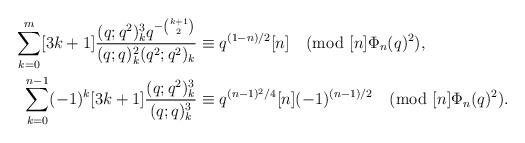
LaTeX: \begin{align*}\sum_{k=0}^{m}[3k+1]\frac{(q;q^2)_k^3 q^{-{k+1\choose 2} } }{(q;q)_k^2 (q^2;q^2)_k}&\equiv q^{(1-n)/2}[n] \pmod{[n]\Phi_n(q)^2},\\\sum_{k=0}^{n-1}(-1)^k [3k+1]\frac{(q;q^2)_k^3}{(q;q)_k^3}&\equiv q^{(n-1)^2/4}[n](-1)^{(n-1)/2} \pmod{[n]\Phi_n(q)^2}.\end{align*}